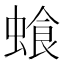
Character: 𮔣